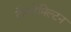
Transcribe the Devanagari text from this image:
दौराहेमिल्टन